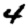
Digit: 4